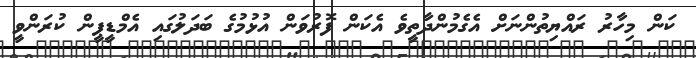
ކަން މިހާރު ރައްޔިތުންނަށް އެގެމުންދާތީވެ އެކަން ފޮރުވަން އުޅުމުގެ ބަދަލުގައި އެމްޑީޕީން ކުރަންވީ